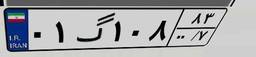
۷۸گ۹۹۱۹۲